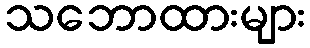
သဘောထားများ